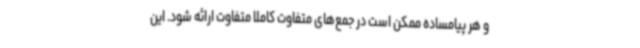
و هر پیامساده ممکن است در جمع‌های متفاوت کاملا متفاوت ارائه شود. این